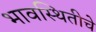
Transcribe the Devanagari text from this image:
भावस्थितीचे